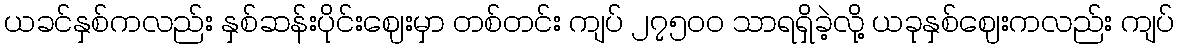
ယခင်နှစ်ကလည်း နှစ်ဆန်းပိုင်းဈေးမှာ တစ်တင်း ကျပ် ၂၇၅၀ဝ သာရရှိခဲ့လို့ ယခုနှစ်ဈေးကလည်း ကျပ်